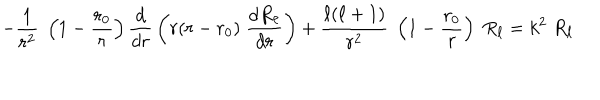
LaTeX: - { \frac { 1 } { r ^ { 2 } } } \; \left( 1 - { \frac { r _ { 0 } } { r } } \right) { \frac { d } { d r } } \left( r ( r - r _ { 0 } ) \; { \frac { d R _ { \ell } } { d r } } \right) + { \frac { \ell ( \ell + 1 ) } { r ^ { 2 } } } \; \left( 1 - { \frac { r _ { 0 } } { r } } \right) \; R _ { \ell } = k ^ { 2 } \; R _ { \ell }